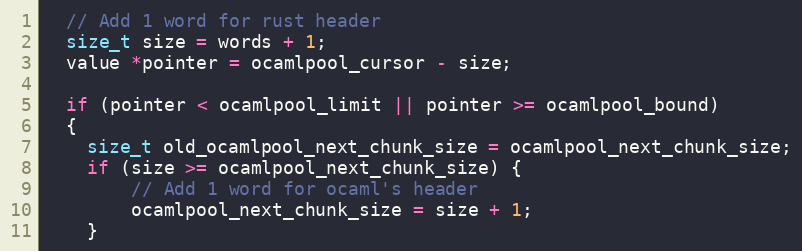
Language: C
  // Add 1 word for rust header
  size_t size = words + 1;
  value *pointer = ocamlpool_cursor - size;

  if (pointer < ocamlpool_limit || pointer >= ocamlpool_bound)
  {
    size_t old_ocamlpool_next_chunk_size = ocamlpool_next_chunk_size;
    if (size >= ocamlpool_next_chunk_size) {
        // Add 1 word for ocaml's header
        ocamlpool_next_chunk_size = size + 1;
    }